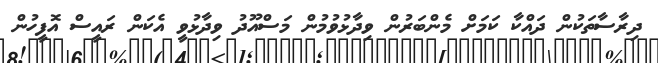
ދިރާސާތަކުން ދައްކާ ކަމަށް މެންބަރުން ވިދާޅުވުމުން މަސްއޫދު ވިދާޅުވީ އެކަން ރައީސް އޮފީހުން